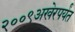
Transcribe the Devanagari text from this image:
२००९अखेरपर्यंत